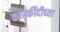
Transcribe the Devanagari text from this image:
कारर्कीदीच्या